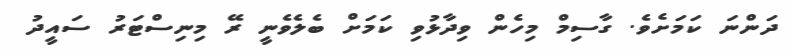
ދަންނަ ކަމަށެވެ. ގާސިމް މިހެން ވިދާޅުވި ކަމަށް ބެލެވެނީ ރޭ މިނިސްޓަރު ސައީދު